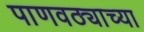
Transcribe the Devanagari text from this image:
पाणवठ्याच्या